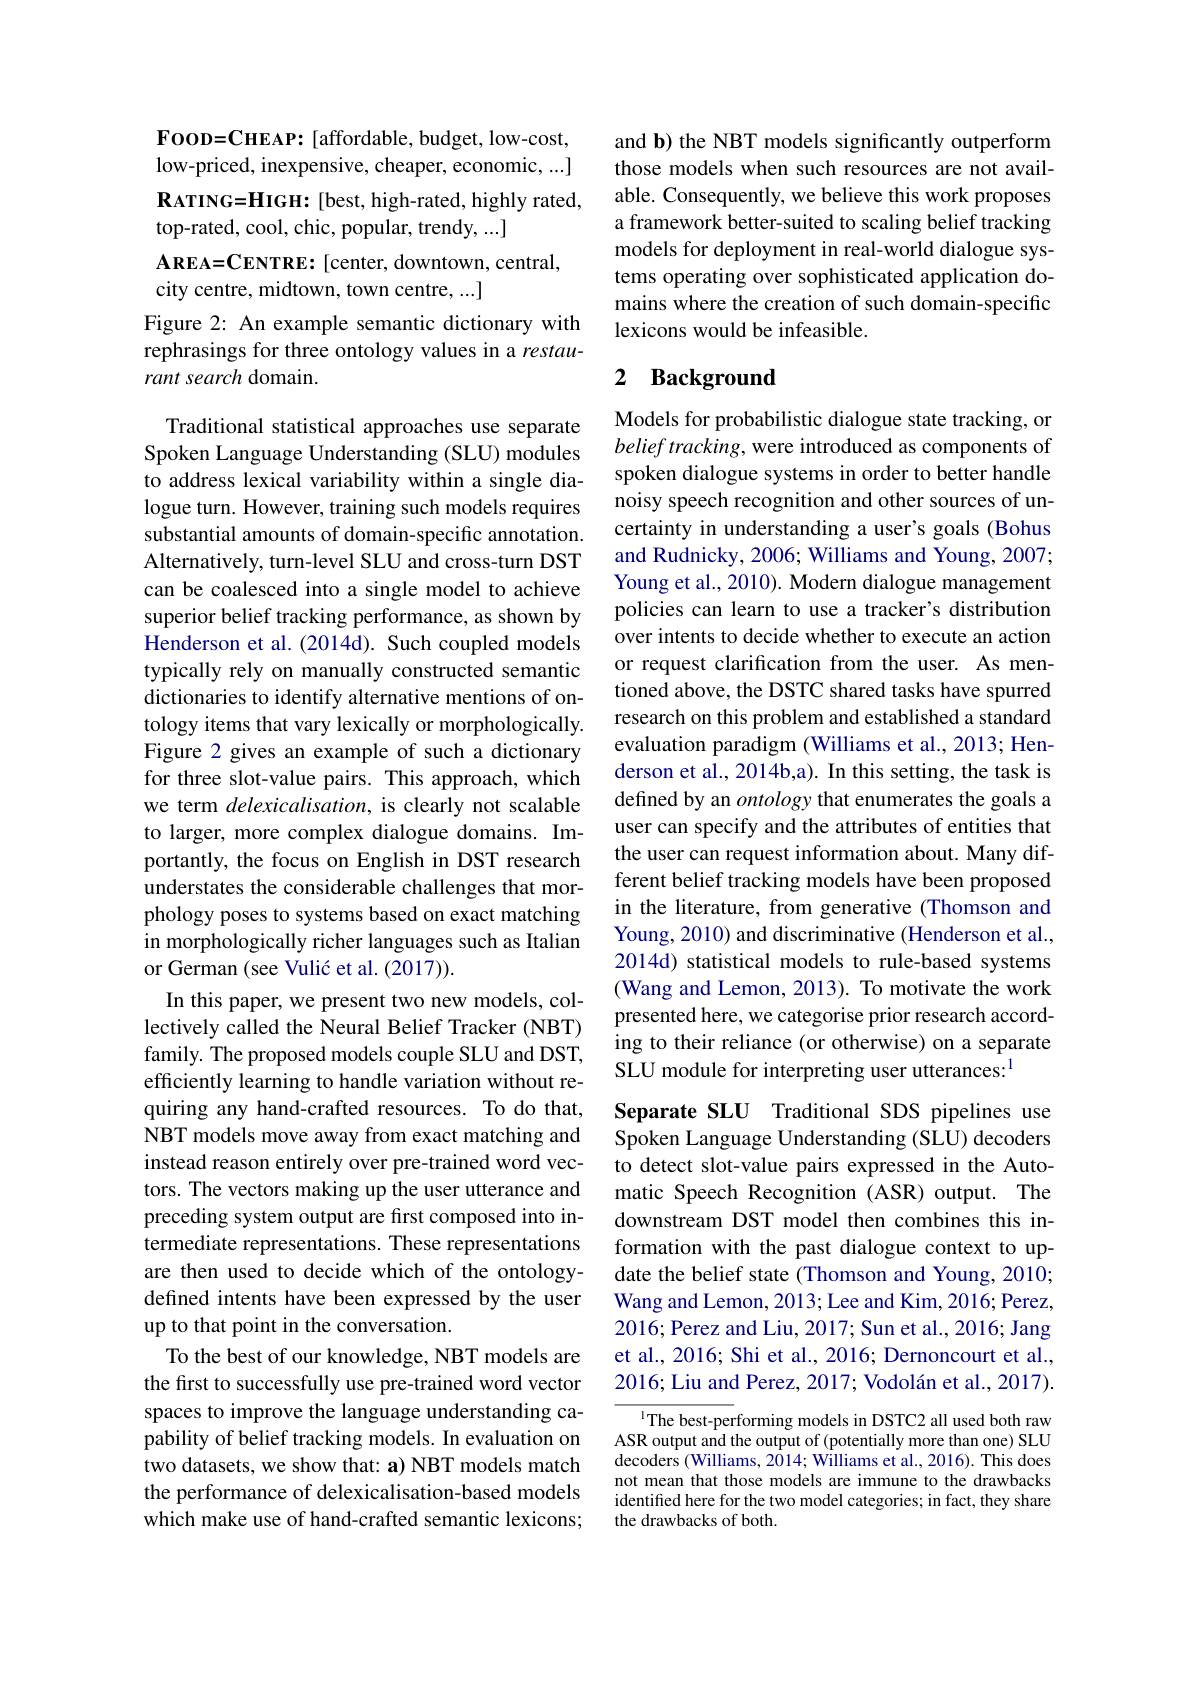
FOOD= CHEAP: [ affordable, budget, low- cost, low-priced, inexpensive, cheaper, economic, ...] $\mathbf{R}_{\mathrm{ATING=HIGH:~[best,~high-rated,~highly~rated,}}$ top-rated, cool, chic, popular, trendy, ...]
$\mathbf{AREA=CENTRE:~[center,~downtown,~central,}$
city centre, midtown, town centre, ...]

Figure 2: An example semantic dictionary with rephrasings for three ontology values in a restaurant search domain.

Traditional statistical approaches use separate Spoken Language Understanding (SLU) modules to address lexical variability within a single dialogue turn. However, training such models requires substantial amounts of domain-specific annotation. Alternatively, turn-level SLU and cross-turn DST can be coalesced into a single model to achieve superior belief tracking performance, as shown by Henderson et al.(2014d). Such coupled models typically rely on manually constructed semantic dictionaries to identify alternative mentions of ontology items that vary lexically or morphologically. Figure 2 gives an example of such a dictionary for three slot-value pairs. This approach, which we term delexicalisation, is clearly not scalable to larger, more complex dialogue domains. Importantly, the focus on English in DST research understates the considerable challenges that morphology poses to systems based on exact matching in morphologically richer languages such as Italian or German (see Vulić et al. (2017)).
In this paper, we present two new models, collectively called the Neural Belief Tracker (NBT) family. The proposed models couple SLU and DST, efficiently learning to handle variation without requiring any hand-crafted resources. To do that, NBT models move away from exact matching and instead reason entirely over pre-trained word vectors. The vectors making up the user utterance and preceding system output are first composed into intermediate representations. These representations are then used to decide which of the ontologydefined intents have been expressed by the user up to that point in the conversation.
To the best of our knowledge, NBT models are the first to successfully use pre-trained word vector spaces to improve the language understanding capability of belief tracking models. In evaluation on two datasets, we show that: a) NBT models match the performance of delexicalisation-based models which make use of hand-crafted semantic lexicons;

and b) the NBT models significantly outperform those models when such resources are not available. Consequently, we believe this work proposes a framework better-suited to scaling belief tracking models for deployment in real-world dialogue systems operating over sophisticated application domains where the creation of such domain-specific lexicons would be infeasible.

# 2 Background

Models for probabilistic dialogue state tracking, or belief tracking, were introduced as components of spoken dialogue systems in order to better handle noisy speech recognition and other sources of uncertainty in understanding a user's goals (Bohus and Rudnicky, 2006; Williams and Young, 2007; Young et al., 2010). Modern dialogue management policies can learn to use a tracker's distribution over intents to decide whether to execute an action or request clarification from the user. As mentioned above, the DSTC shared tasks have spurred research on this problem and established a standard evaluation paradigm (Williams et al., 2013; Henderson et al., 2014b,a). In this setting, the task is defined by an ontology that enumerates the goals a user can specify and the attributes of entities that the user can request information about. Many different belief tracking models have been proposed in the literature, from generative (Thomson and Young, 2010) and discriminative (Henderson et al., 2014d) statistical models to rule-based systems (Wang and Lemon, 2013). To motivate the work presented here, we categorise prior research according to their reliance (or otherwise) on a separate SLU module for interpreting user utterances:$^{1}$
Separate SLU Traditional SDS pipelines use

Spoken Language Understanding (SLU) decoders to detect slot-value pairs expressed in the Automatic Speech Recognition (ASR) output. The downstream DST model then combines this information with the past dialogue context to update the belief state (Thomson and Young, 2010; Wang and Lemon, 2013; Lee and Kim, 2016; Perez, 2016; Perez and Liu, 2017; Sun et al., 2016; Jang et al., 2016; Shi et al., 2016; Dernoncourt et al., 2016; Liu and Perez, 2017; Vodolán et al., 2017).

IThe best-performing models in DSTC2 all used both raw ASR output and the output of (potentially more than one) SLU decoders (Williams, 2014; Williams et al., 2016). This does not mean that those models are immune to the drawbacks identified here for the two model categories; in fact, they share the drawbacks of both.